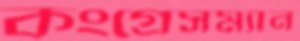
কংগ্রেসম্যান